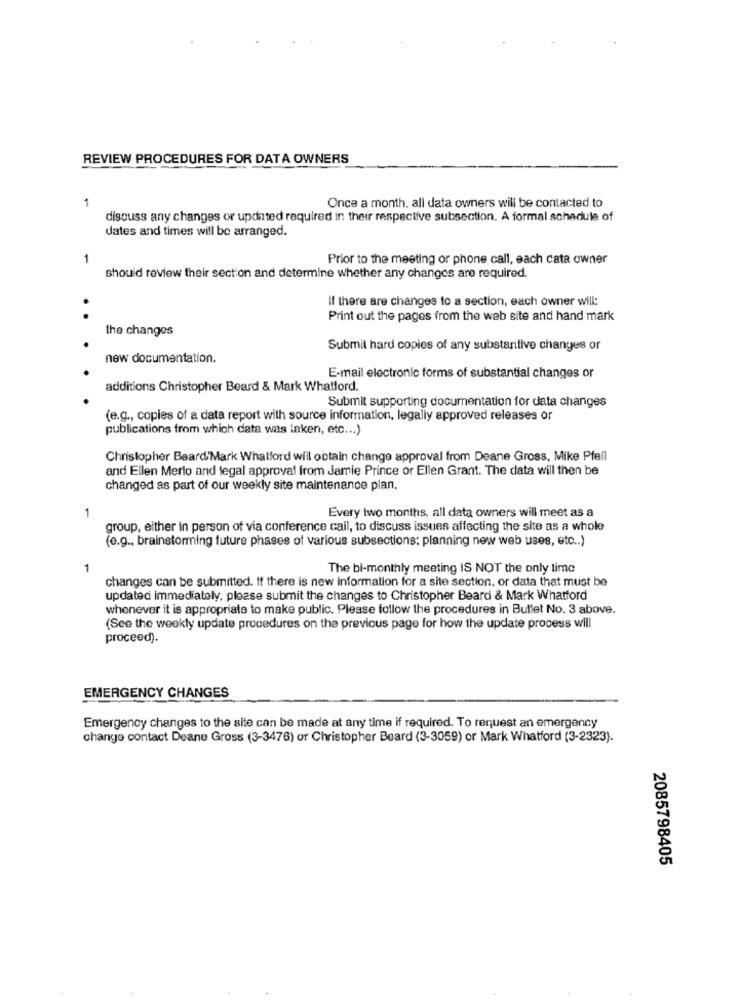
REVIEW PROCEDURES FOR DATA OWNERS
1
Once a month. all data owners will be contacted to
discuss any changes or updated required in their respective subsection. A formal schedule of
dates and times will be arranged.
1
Prior to the meeting or phone call, each cata owner
should review their section and determine whether any changes are required.
If there are changes to a section, each owner will:
Print out the pages from the web site and hand mark
the changes
Submit hard copies of any substantive changes or
new documentation.
E-mail electronic forms of substantial changes or
additions Christopher Beard & Mark Whatford.
Submit supporting documentation for data changes
(e.g ., copies of a data report with source information, legally approved releases or
publications from which data was laken, etc ... )
Christopher Beard Mark Whatford will obtain change approval from Deane Gross, Mike Pfell
and Ellen Merlo and legal approval from Jamie Prince or Ellen Grant. The data will then be
changed as part of our weekly site maintenance plan.
Every two months, all data owners will meet as a
1
group, either in person of via conference call, to discuss issues affecting the site as a whole
(e.g ., brainstorming future phases of various subsections: planning new web uses, etc .. )
The bi-monthly meeting IS NOT the only time
changes can be submitted. If there is new Information for a site section. or data that must be
updatedi immediately, please submit the changes to Christopher Beard & Mark Whatford
whenever it is appropriate to make public. Please follow the procedures in Bullet No. 3 above.
(See the weekly update procedures on the previous page for how the update process will
proceed).
EMERGENCY CHANGES
Emergency changes to the site can be made at any time if required. To request an emergency
change contact Deane Gross (3-3476) or Christopher Beard (3-3059) or Mark Whatford (3-2323).
2085798405